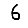
Digit: 6